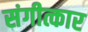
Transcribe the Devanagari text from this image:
संगीत्कार